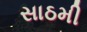
સાઠમી